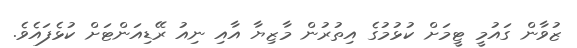
ޒުވާން ގައުމީ ޓީމަށް ކުޅުމުގެ އިތުރުން މާޒިޔާ އާއި ނިއު ރޭޑިއަންޓަށް ކުޅެފައެވެ.